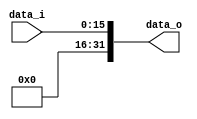
module Zero_Filled (
    data_i,
    data_o
);

  //I/O ports
  input [16-1:0] data_i;
  output [32-1:0] data_o;

  //Internal Signals
  reg [32-1:0] data_o;

  //Zero_Filled
  /*your code here*/

	//genvar i;
	//generate 
	//	for (i = 0; i < 32; i = i + 1) begin : gen_zero
	//		if (i < 16) 
	//			assign data_o[i] = data_i[i];
				
	//		else 
	//			assign data_o[i] = 1'b0;
				
	//		end
	//endgenerate
	
	always @(*) begin
		data_o[15:0] <= data_i[15:0];
		data_o[31:16] <= 16'b0;
	end

endmodule